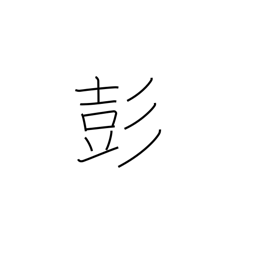
Meaning: sound of drum